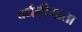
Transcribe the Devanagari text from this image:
वर्धनीमाता